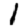
Digit: 1